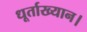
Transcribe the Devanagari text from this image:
धूर्ताख्यान।